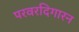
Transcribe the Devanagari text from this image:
परवरदिगारन